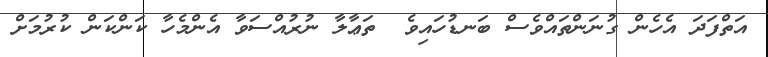
އަތްފަދަ އެހެން ގުނަންތައްވެސް ބަނޑުހައިވެ  ތަޢާލާ ނުރުއްސަވާ އެންމެހާ ކަންކަން ކުރުމަށް